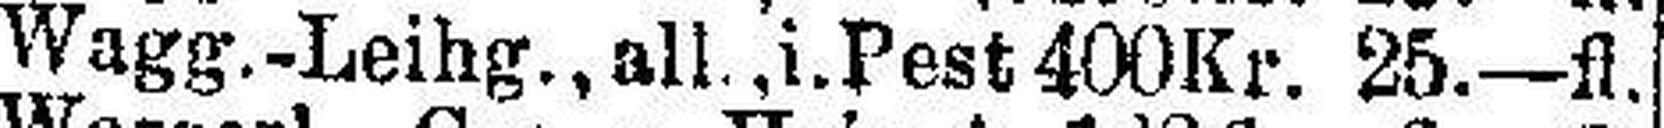
Wagg.-Leihg., all., i.Pest 400Kr. 25.-fl.